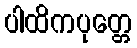
ပါထိကပုတ္တေ